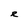
Character: e